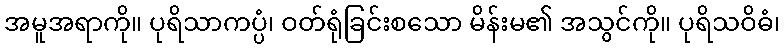
အမူအရာကို။ ပုရိသာကပ္ပံ၊ ဝတ်ရုံခြင်းစသော မိန်းမ၏ အသွင်ကို။ ပုရိသဝိဓံ၊